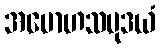
အမောဟသမုဒယံ